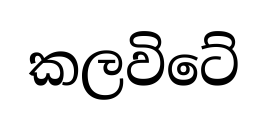
කලවිටේ